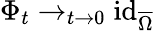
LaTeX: \Phi_{t}\to_{t\to 0}\operatorname{id}_{\overline{{\Omega}}}